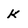
Character: K